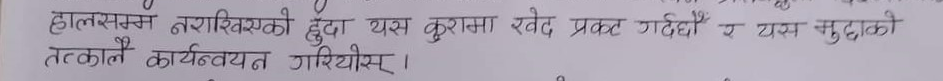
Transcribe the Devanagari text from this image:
हालसम्म नराखिएको हुँदा यस कुरामा रखेद प्रकट गर्दछौँ र यस मुद्दाको
तत्कालै कार्यन्वयन गरियोस् ।